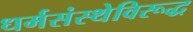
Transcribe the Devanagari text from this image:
धर्मसंस्थेविरूद्ध